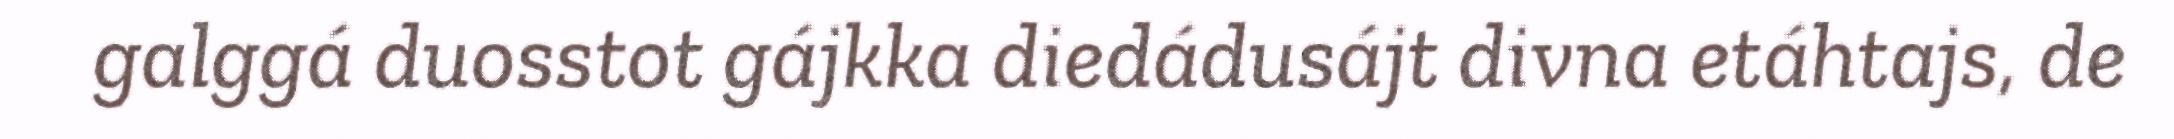
galggá duosstot gájkka diedádusájt divna etáhtajs, de